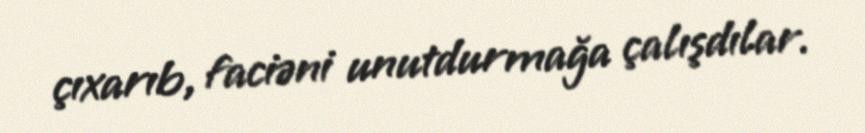
çıxarıb, faciəni unutdurmağa çalışdılar.